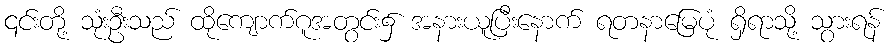
၎င်းတို့ သုံးဦးသည် ထိုကျောက်ဂူအတွင်း၌ အနားယူပြီးနောက် ရတနာမြေပုံ ရှိရာသို့ သွားရန်